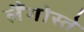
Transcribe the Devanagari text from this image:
लैंगोस्ते